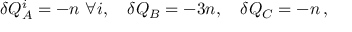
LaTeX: \delta Q _ { A } ^ { i } = - n \ \forall i , \quad \delta Q _ { B } = - 3 n , \quad \delta Q _ { C } = - n \, ,